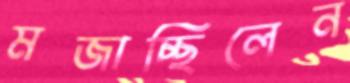
মজাচ্ছিলেন